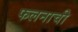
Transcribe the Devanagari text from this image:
फलनाची